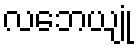
လဘေယျုံ